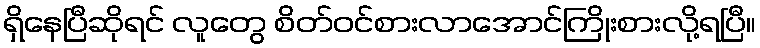
ရှိနေပြီဆိုရင် လူတွေ စိတ်ဝင်စားလာအောင်ကြိုးစားလို့ရပြီ။